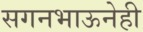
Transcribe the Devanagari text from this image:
सगनभाऊनेही